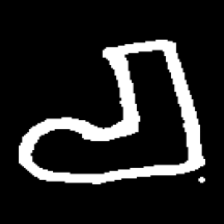
Pyu character \u2014 Myanmar letter: စ (romanized: ca)